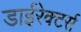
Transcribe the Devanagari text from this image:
डाईरेक्टर्स